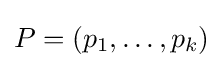
P=(p_{1},\ldots ,p_{k})